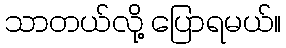
သာတယ်လို့ ပြောရမယ်။